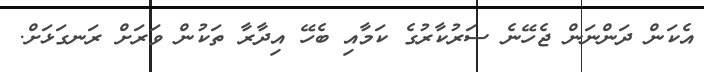
އެކަން ދަންނަން ޖެހޭނެ ސަރުކާރުގެ ކަމާއި ބެހޭ އިދާރާ ތަކުން ވަރަށް ރަނގަޅަށް.